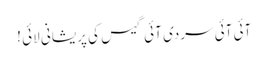
آئی آئی سردی آئی گیس کی پریشانی لائی !